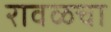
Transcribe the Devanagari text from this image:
रावळचा